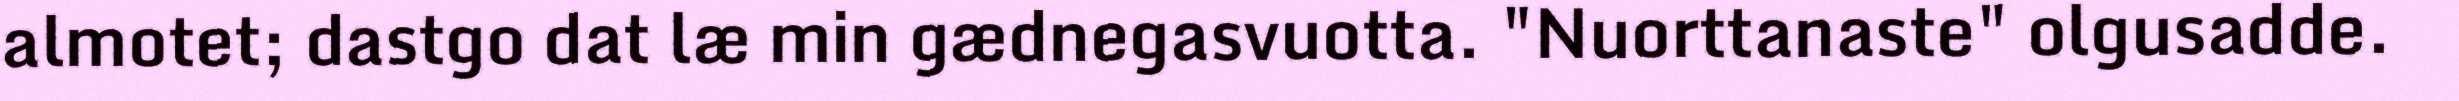
almotet; dastgo dat læ min gædnegasvuotta. "Nuorttanaste" olgusadde.